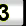
Digit: 3